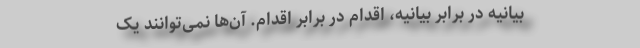
بیانیه در برابر بیانیه، اقدام در برابر اقدام. آن‌ها نمی‌توانند یک